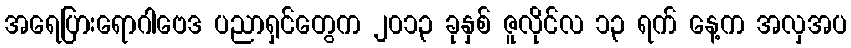
အရေပြားရောဂါဗေဒ ပညာရှင်တွေက ၂၀၁၃ ခုနှစ် ဇူလိုင်လ ၁၃ ရက် နေ့က အလှအပ